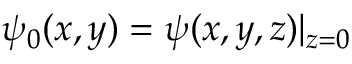
\psi _ { 0 } ( x , y ) = \psi ( x , y , z ) | _ { z = 0 }